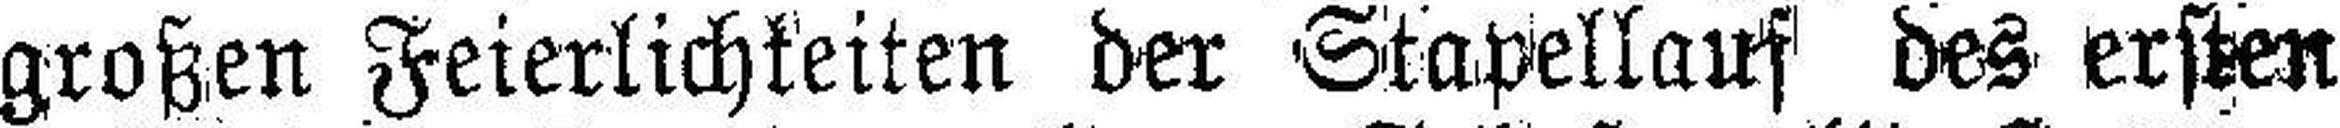
großen Feierlichkeiten der Stapellauf des ersten